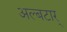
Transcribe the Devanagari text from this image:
अल्बटार्